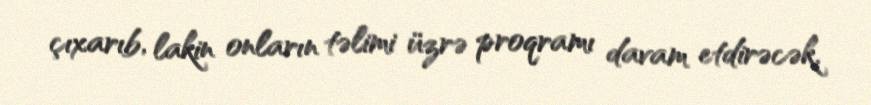
çıxarıb, lakin onların təlimi üzrə proqramı davam etdirəcək.